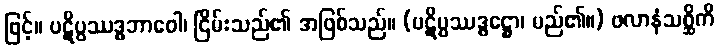
ဖြင့်။ ပဋိပ္ပဿဒ္ဓဘာဝေါ၊ ငြိမ်းသည်၏ အဖြစ်သည်။ (ပဋိပ္ပဿဒ္ဓဋ္ဌော၊ မည်၏။) ဖလာနံသစ္ဆိကိ